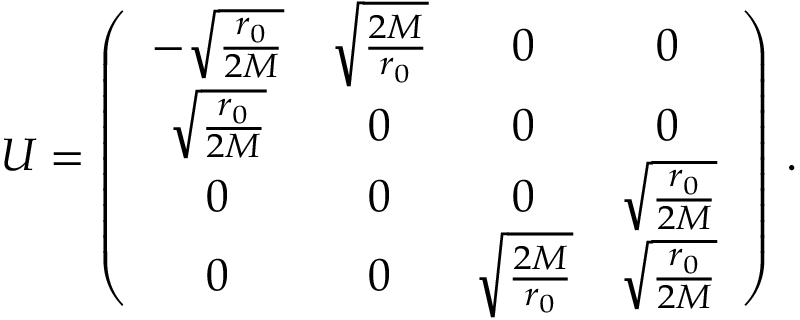
U = \left( \begin{array} { c c c c } { { - \sqrt { \frac { r _ { 0 } } { 2 M } } } } & { { \sqrt { \frac { 2 M } { r _ { 0 } } } } } & { { 0 } } & { { 0 } } \\ { { \sqrt { \frac { r _ { 0 } } { 2 M } } } } & { { 0 } } & { { 0 } } & { { 0 } } \\ { { 0 } } & { { 0 } } & { { 0 } } & { { \sqrt { \frac { r _ { 0 } } { 2 M } } } } \\ { { 0 } } & { { 0 } } & { { \sqrt { \frac { 2 M } { r _ { 0 } } } } } & { { \sqrt { \frac { r _ { 0 } } { 2 M } } } } \end{array} \right) \, .